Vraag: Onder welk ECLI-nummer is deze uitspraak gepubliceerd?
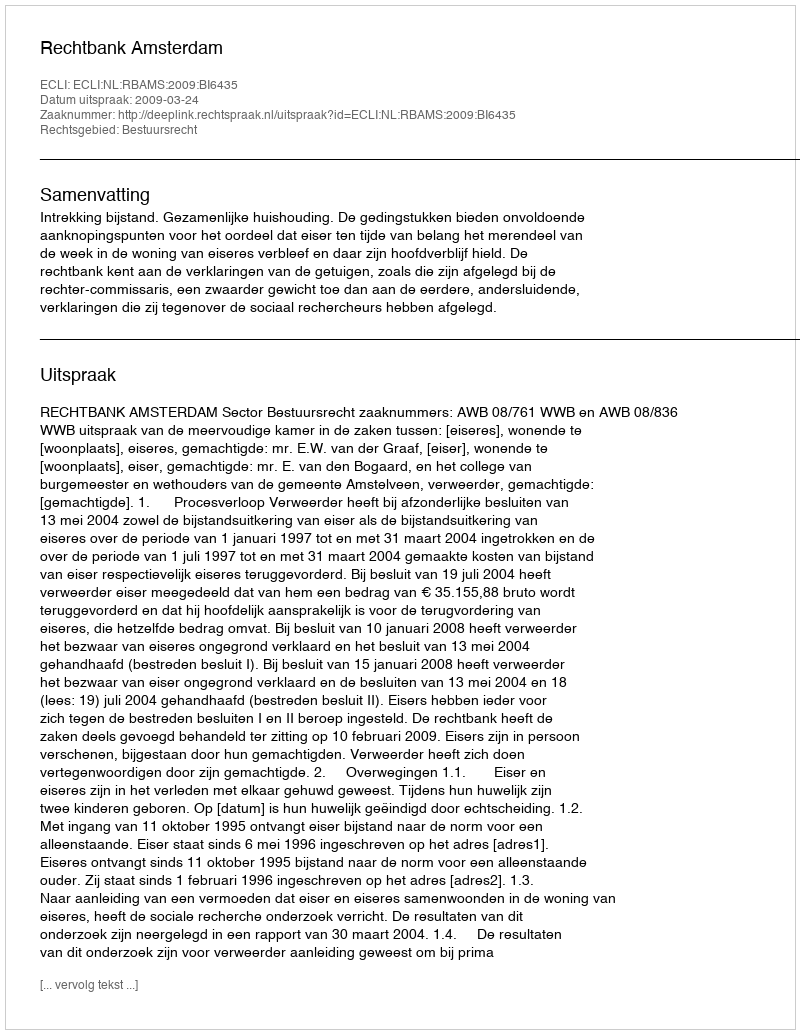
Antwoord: ECLI:NL:RBAMS:2009:BI6435